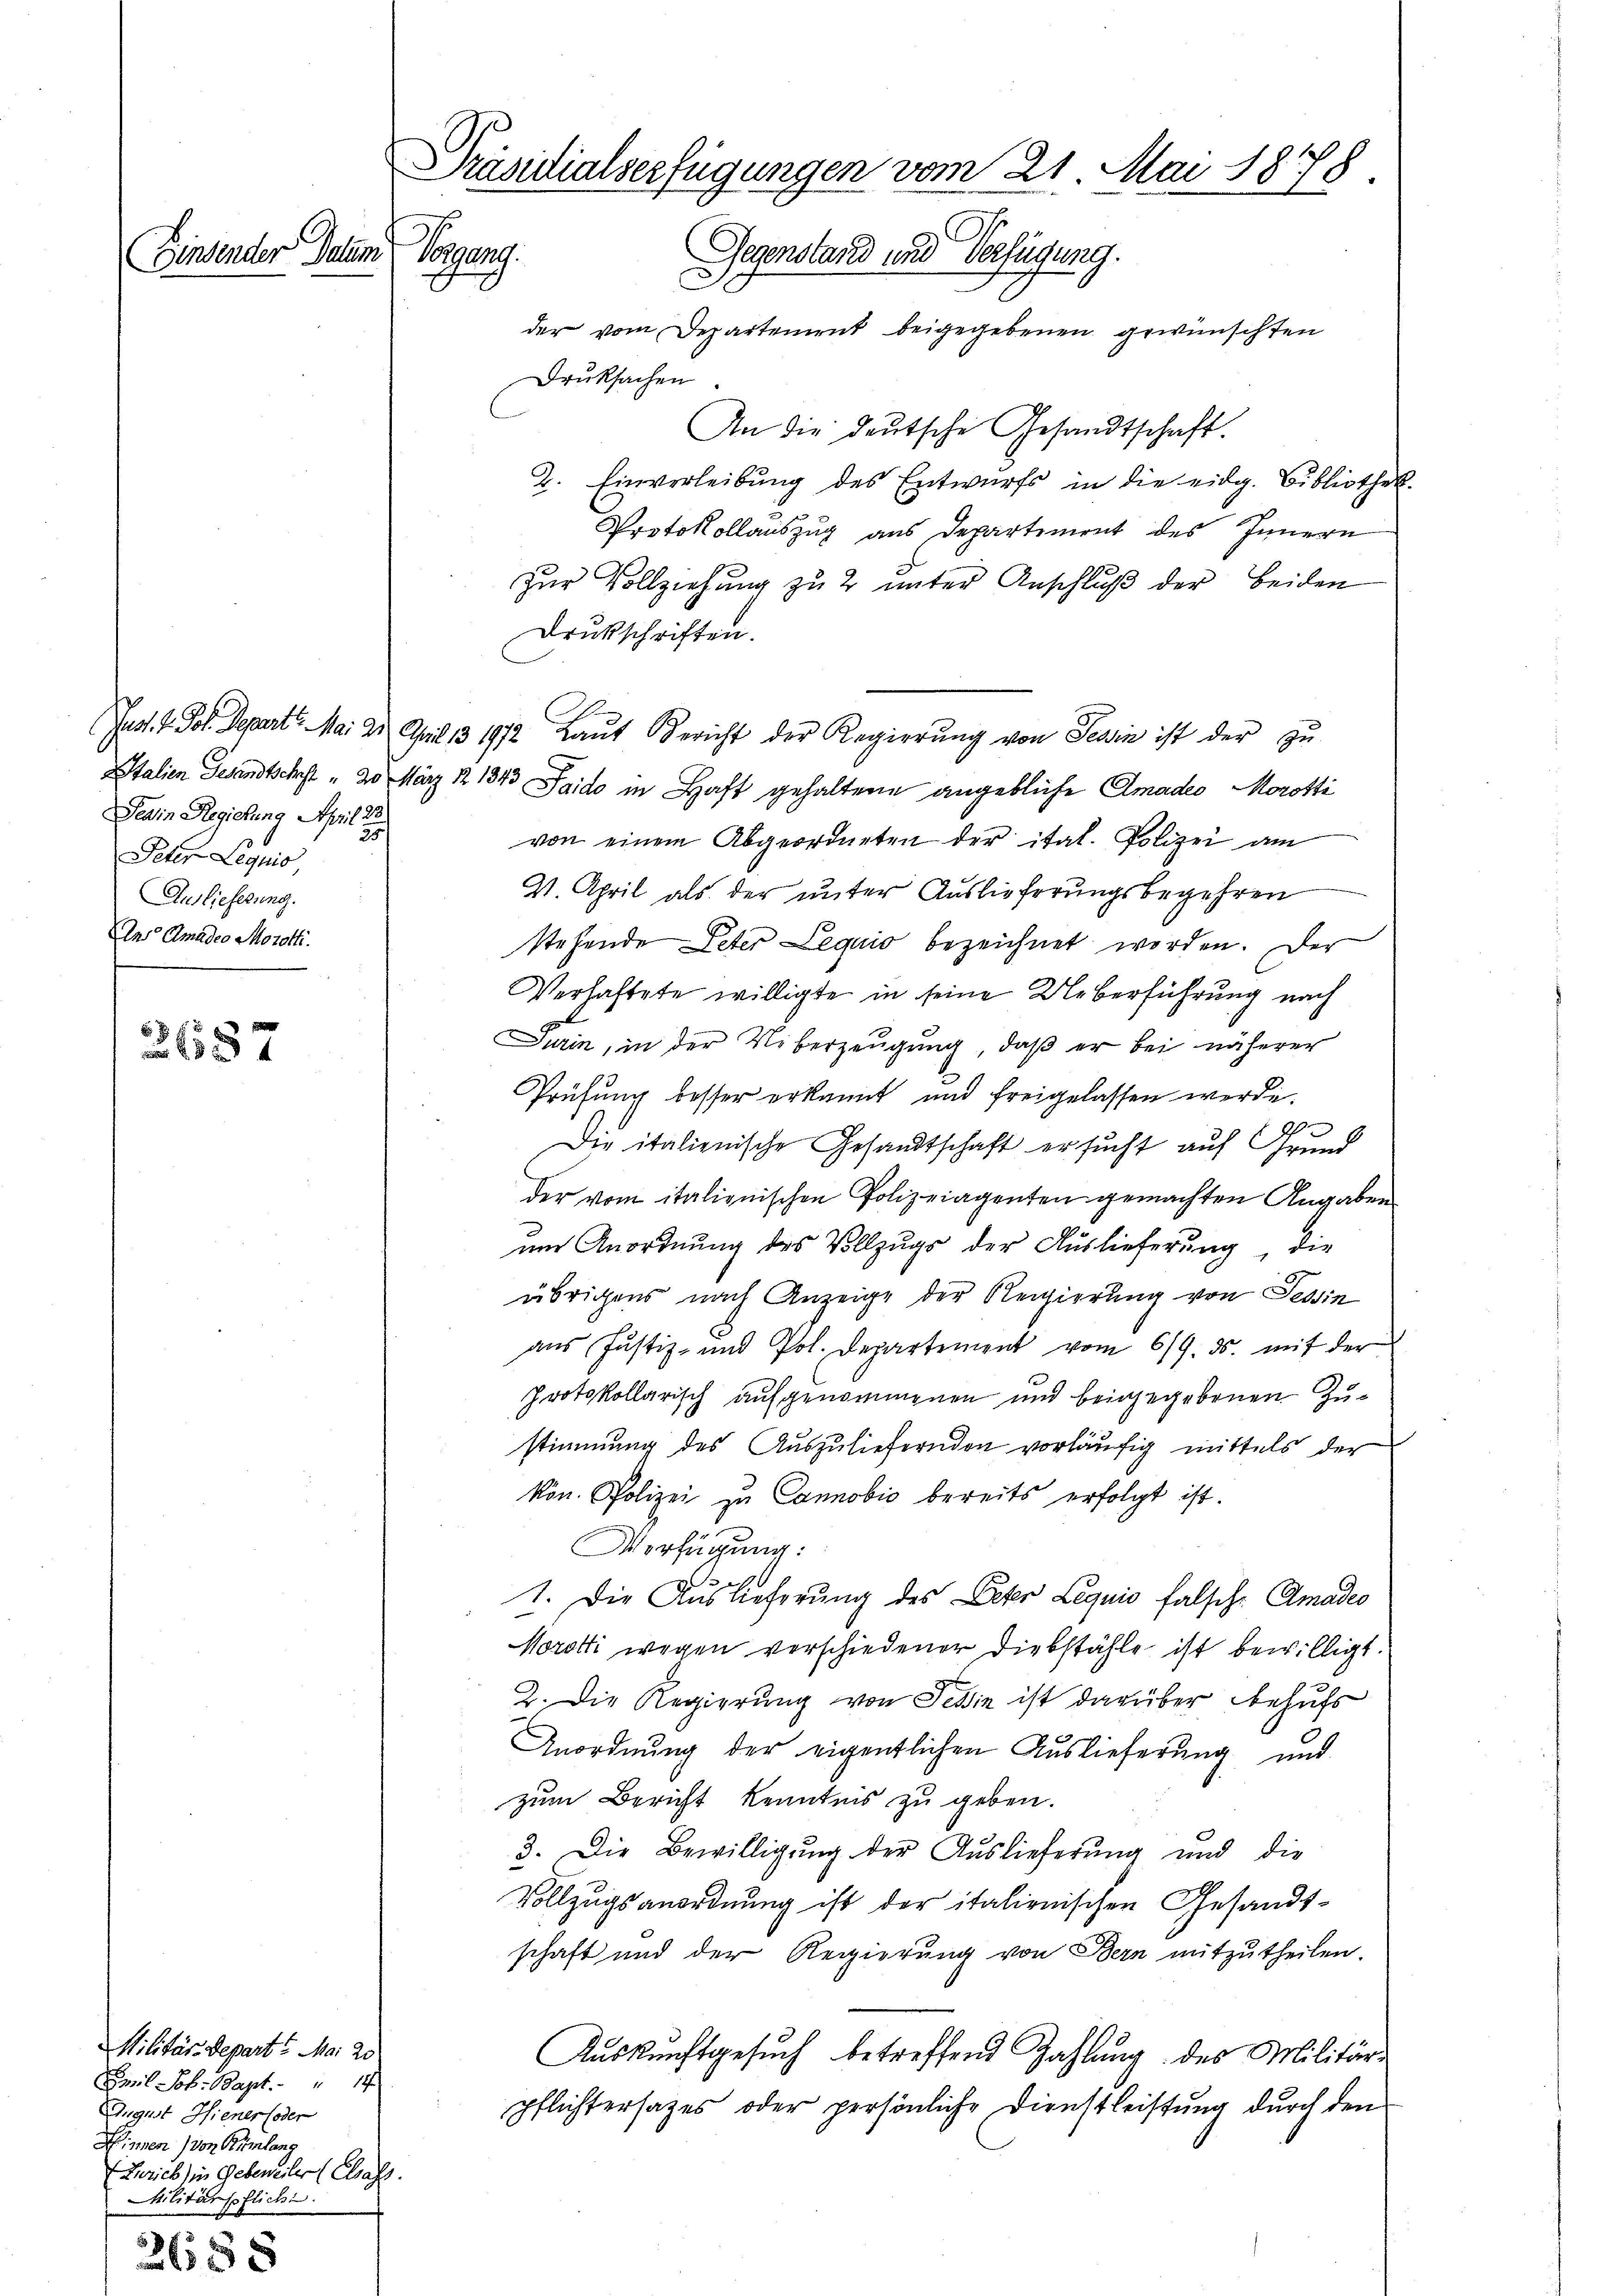
Einsender Datum

2687

2685

Militär-Depart 5 Mai 20
Emil Joh. Bapt. 14
August Hiener oder
Hinnen) von Rümlang
Zürich in Gebeneiler (Chass.
Militärpfliche

Präsidialserfügungen vom 21. Mai 1878.
Vorzung.
Gegenstand und Verfügung.

Deain Regierung April 2
29
Peter Lequis,
Auslieferung.
Ans Amades Moratti.

der vom Departement beigegebenen gewünschten
Druksachen.
An die deutsche Gesandtschaft.
2. Einverleibung des Entwurfs in die eidg. Bibliothek-
Protokollauszug aus Departement des Innern
zur Vollziehung zu 2 unter Anschluß der beiden
Drukschriften.
Just. V. Joh. Depart. Mai 21. April 131912 Laŭt Gericht der Regierŭng von Tessin ist der zŭ
Italien Gesandtschst " 20 März 1843 Saido in Haft gehaltene angebliche Amades Morotti
von einem Abgeordneten der ital. Polizei am
V. April als der unter Auslieferungsbegehren
stehende Peter Lequis bezeichnet worden. Der
Verhaftete willigte in seine Ueberführung nach
Turin, in der Uiberzeugung, daß er bei näherer
Prüfung besser erkannt und freigelassen werde.
9
Die italienische Gesandtschaft ersucht auf Grund
der vom italienischen Polizeiagenten gemachten Angaben
2
um Anordnung des Vollzugs der Auslieferung, die
übrigens nach Anzeige der Regierung von Tessin
aus Justiz- und Pol. Departement vom 6/9. ds. mit der
Protokollarisch aufgenommenen und beigegebenen Zustimmung des Auszuliefernden vorläufig mittels der
kon. Polizei zu Cannobio bereits erfolgt ist.
Verfügung:
u
1. Die Auslieferung des Deter Liquis falsche Amades
Norotti wegen verschiedener Diebstähle ist bewilligt.
2. Die Regierung von Tessin ist darüber behufs
Anordnung der eigentlichen Auslieferung und
zum Bericht kenntnis zu geben.
3. Die Bewilligung der Auslieferung und die
Vollzugsanordnung ist der italienischen Gesandt-
schaft und der Regierung von Bern mitzutheilen.
Auskunftgesuch betreffend Zahlung des Militärpflichtersatzes oder persönliche Dienstleistung durch den